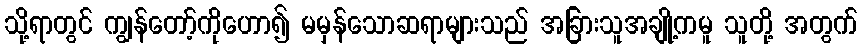
သို့ရာတွင် ကျွန်တော့်ကိုဟော၍ မမှန်သောဆရာများသည် အခြားသူအချို့ကမူ သူတို့ အတွက်